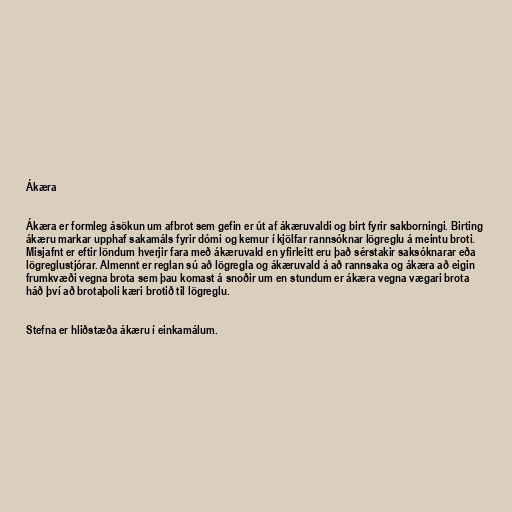
Ákæra

Ákæra er formleg ásökun um afbrot sem gefin er út af ákæruvaldi og birt fyrir sakborningi. Birting
ákæru markar upphaf sakamáls fyrir dómi og kemur í kjölfar rannsóknar lögreglu á meintu broti.
Misjafnt er eftir löndum hverjir fara með ákæruvald en yfirleitt eru það sérstakir saksóknarar eða
lögreglustjórar. Almennt er reglan sú að lögregla og ákæruvald á að rannsaka og ákæra að eigin
frumkvæði vegna brota sem þau komast á snoðir um en stundum er ákæra vegna vægari brota
háð því að brotaþoli kæri brotið til lögreglu.

Stefna er hliðstæða ákæru í einkamálum.